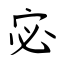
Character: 宓